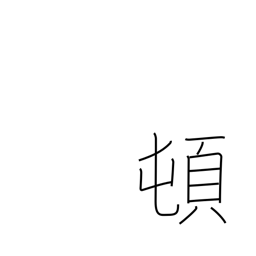
Meaning: suddenly